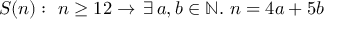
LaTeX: S ( n ) : \, \, n \geq 1 2 \to \, \exists \, a , b \in \mathbb { N } . \, \, n = 4 a + 5 b